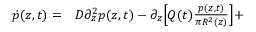
\begin{array} { r l } { \dot { p } ( z , t ) = } & { { } D \partial _ { z } ^ { 2 } p ( z , t ) - \partial _ { z } \Big [ Q ( t ) \frac { p ( z , t ) } { \pi R ^ { 2 } ( z ) } \Big ] + } \end{array}